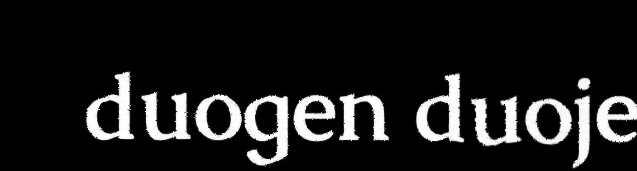
duogen duoje